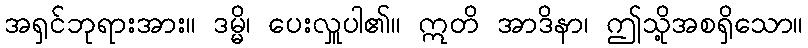
အရှင်ဘုရားအား။ ဒမ္မိ၊ ပေးလှူပါ၏။ ဣတိ အာဒိနာ၊ ဤသို့အစရှိသော။